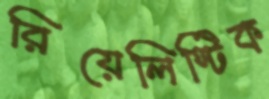
রিয়েলিস্টিক